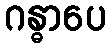
ဂန္ဓာပေ